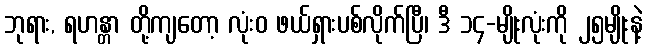
ဘုရား, ရဟန္တာ တို့ကျတော့ လုံးဝ ဖယ်ရှားပစ်လိုက်ပြီ၊ ဒီ ၁၄-မျိုးလုံးကို ၂၅မျိုးနဲ့